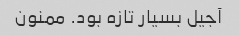
آجیل بسیار تازه بود. ممنون